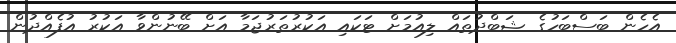
އެހެން ބަސްބަހުގެ ޝަބްދުތައް ލިއުމަށް ޓަކައި އަކުރުތަރުޖަމާ އަށް ބޭނުންވާ އަކުރު އުފެއްދުން